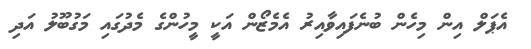
އެޕަލް އިން މިހެން ބުނެފައިވާއިރު އެމެޒޯން އަކީ މީހުންގެ މެދުގައި މަގުބޫލު އަދި